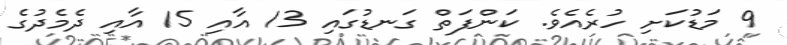
9 މަޑުކަށި ހުރެއެވެ. ކަންފަތް ގަނޑުގައި 13 އާއި 15 އާއި ދެމެދުގެ